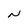
Character: N